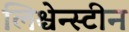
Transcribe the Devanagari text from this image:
लिश्चेन्स्टीन